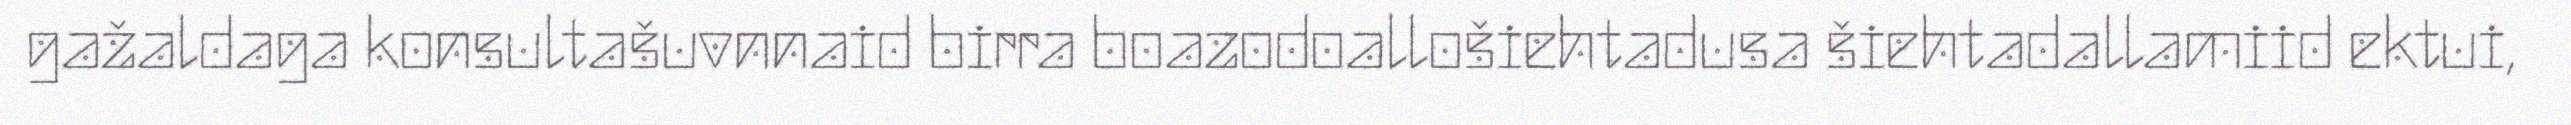
gažaldaga konsultašuvnnaid birra boazodoallošiehtadusa šiehtadallamiid ektui,